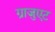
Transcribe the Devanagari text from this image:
ग्राजुएट